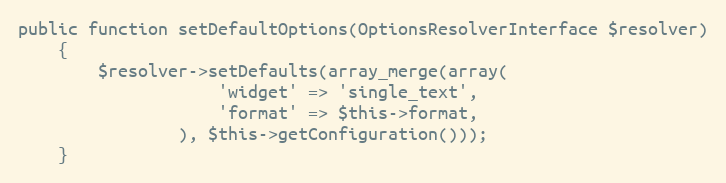
Language: PHP
public function setDefaultOptions(OptionsResolverInterface $resolver)
    {
        $resolver->setDefaults(array_merge(array(
                    'widget' => 'single_text',
                    'format' => $this->format,
                ), $this->getConfiguration()));
    }